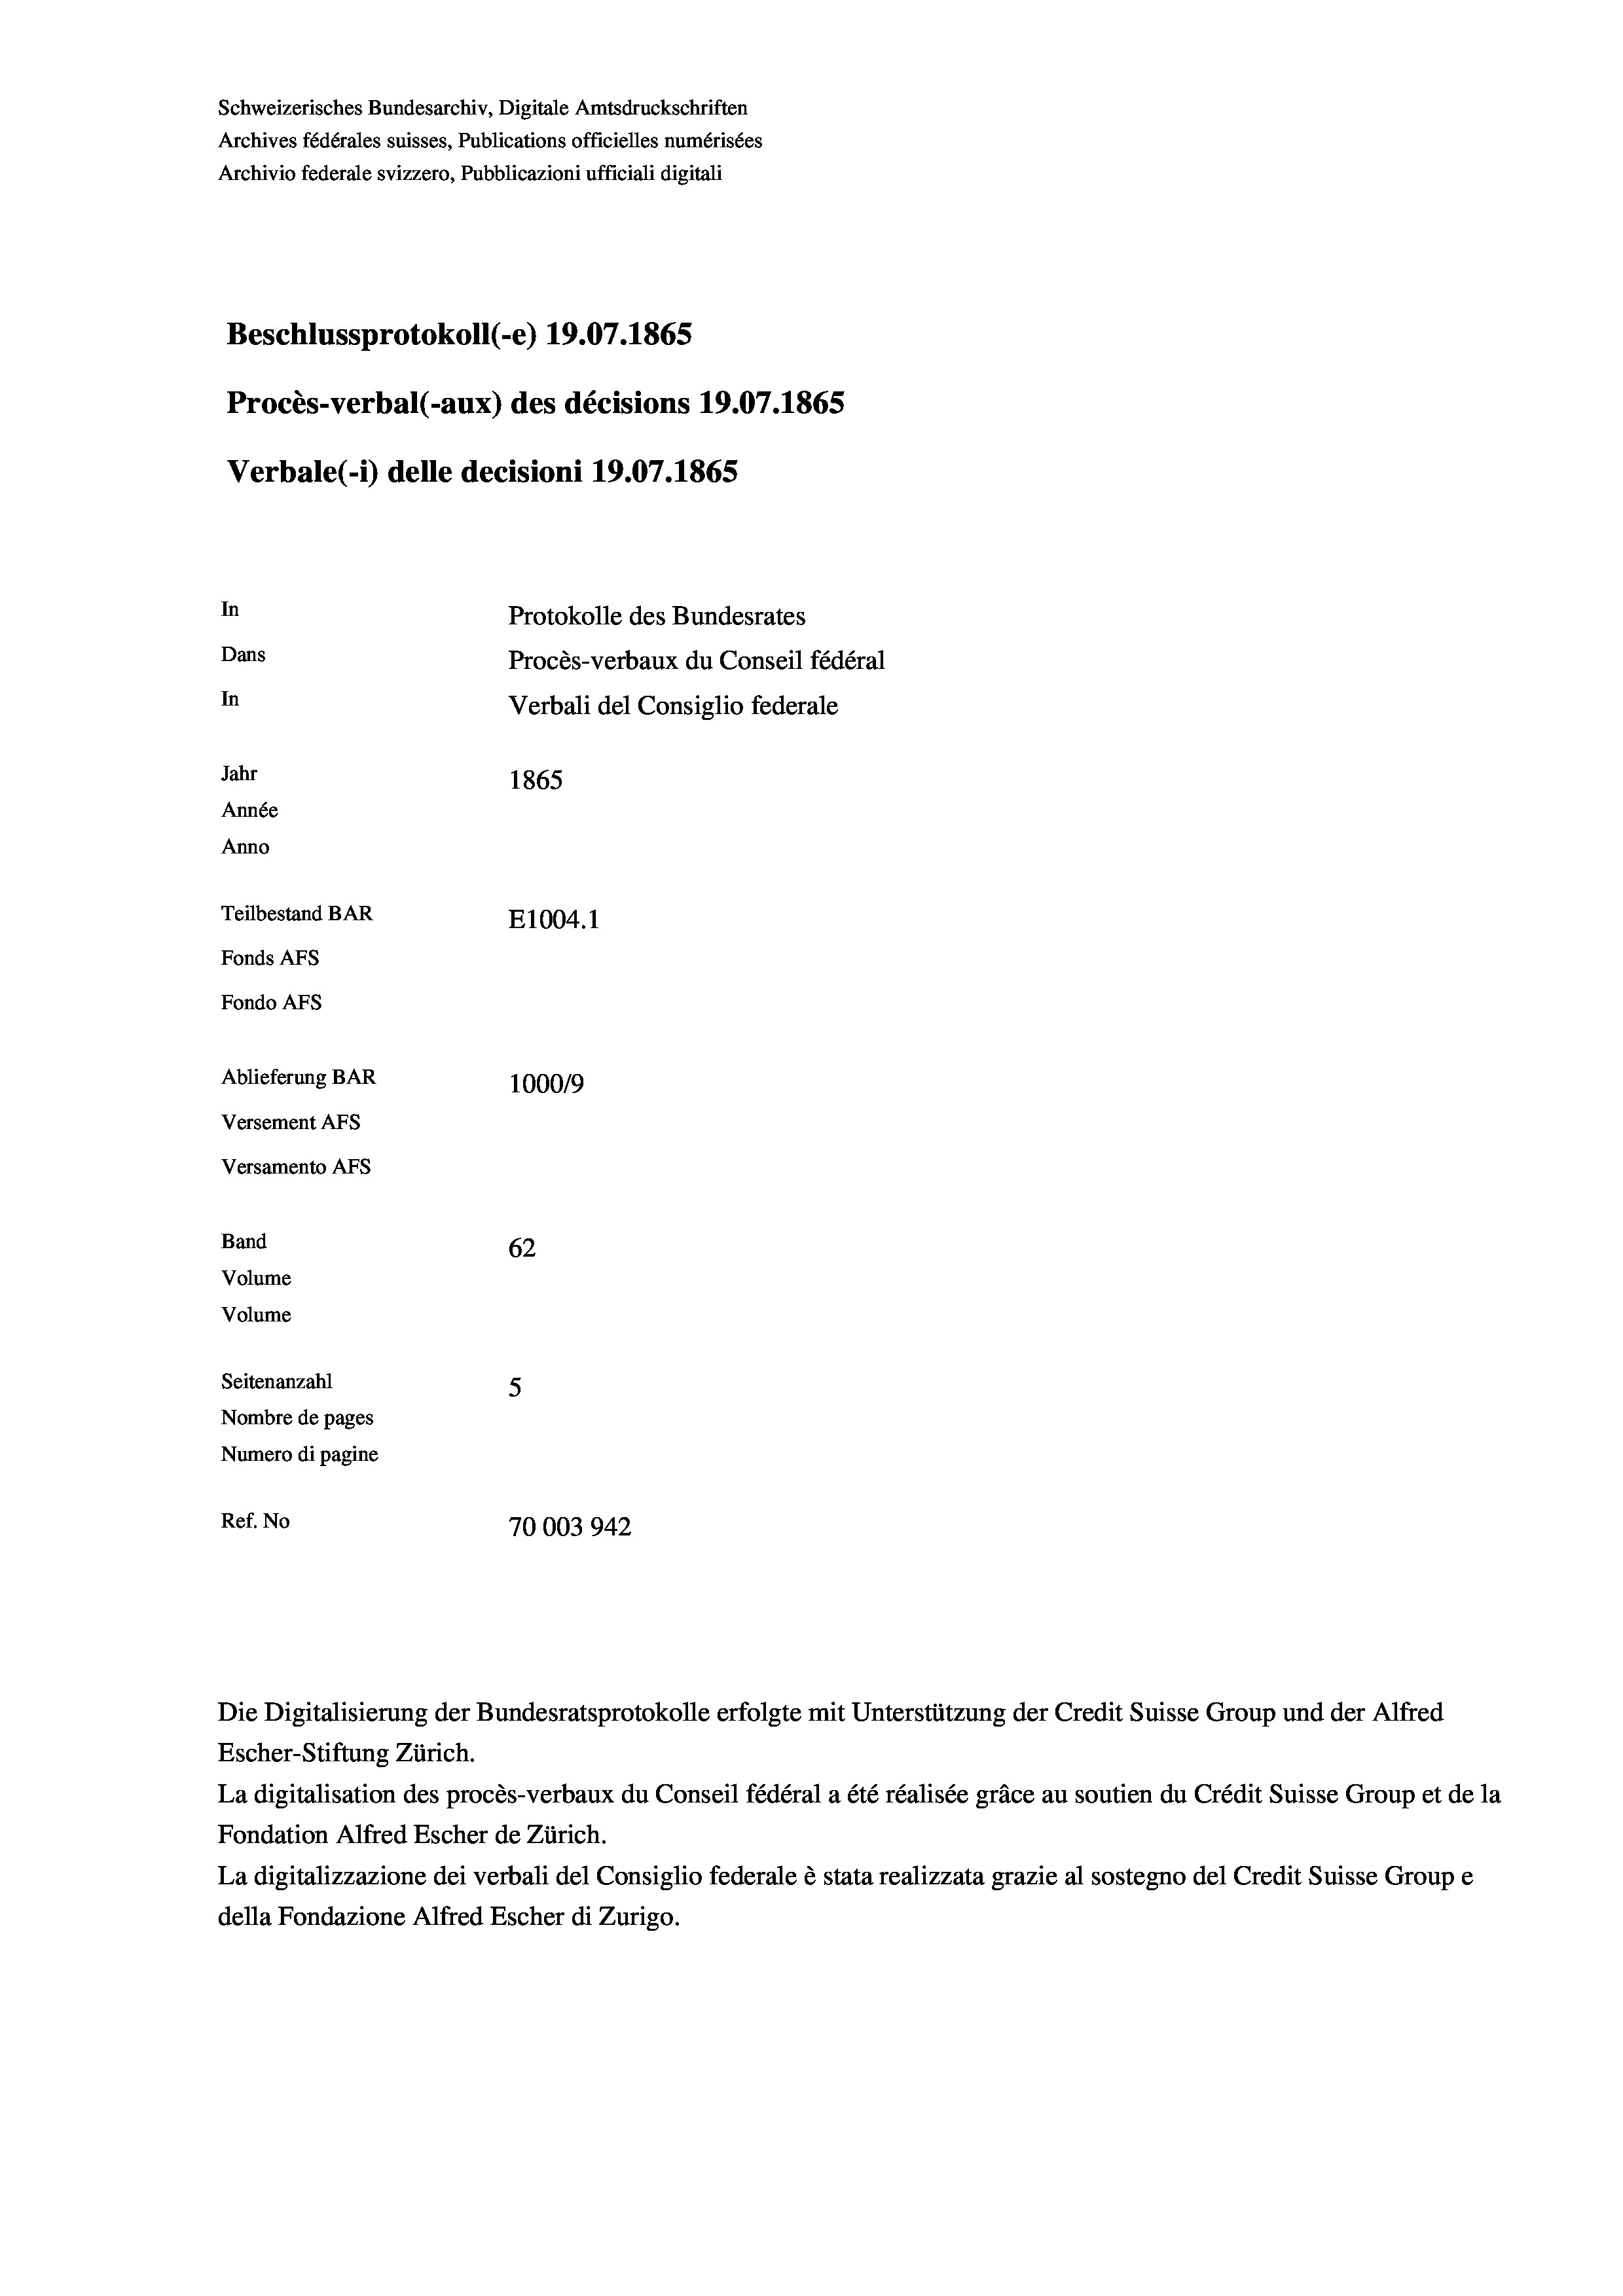
Schweizerisches Bundesarchiv, Digitale Amtsdruckschriften
Archives fédérales suisses, Publications officielles numérisées
Archivio federale svizzero, Pubblicazioni ufficiali digitali
Beschlussprotokoll (-e) 19.07. 1865
Procès-verbal (-aux) des décisions 19.07.1865
Verbale(*) delle decisioni 19.07. 1865
In
Protokolle des Bundesrates
Dans
Procès-verbaux du Conseil fédéral
In
Verbali del Consiglio federale
Jahr
1865
Année
Anno
Teilbestand BAR
E1004.1
Fonds AFs
Fondo AFs
Ablieferung BAR
100019
Versement Abs
Versamento Afs

62
Seitenanzahl
5
Nombre de pages
Numero di pagine
Ref. No
70003942

Band
Volume
Volume

Die Digitalisierung der Bundesratsprotokolle erfolgte mit Unterstützung der Credit Suisse Group und der Alfred

Escher-Stiftung Zürich.
La digitalisation des procès-verbaux du Conseil fédéral a été réalisée gräce au soutien du Crédit Suisse Group et de la
Fondation Alfred Escher de Zürich.
La digitalizzazione dei verbali del Consiglio federale è stata realizzata grazie al sostegno del Credit Suisse Groupe
della Fondazione Alfred Escher di Zurigo.